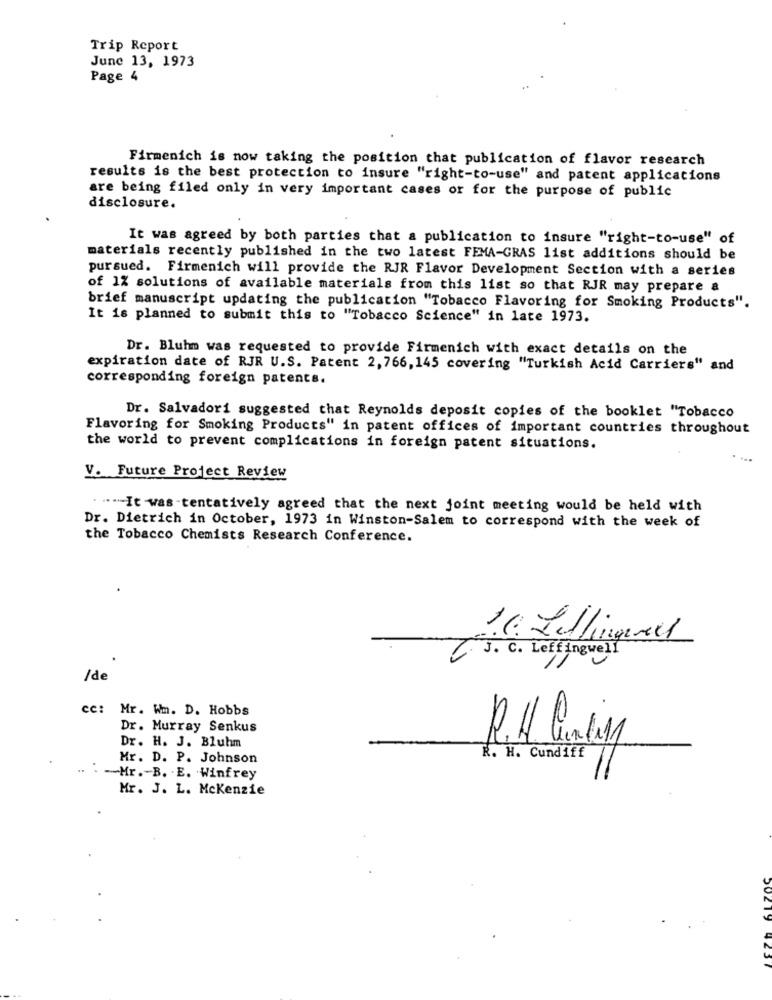
Trip Report
June 13, 1973
Page 4
Firmenich is now taking the position that publication of flavor research
results is the best protection to insure "right-to-use" and patent applications
are being filed only in very important cases or for the purpose of public
disclosure.
It was agreed by both parties that a publication to insure "right-to-use" of
materials recently published in the two latest FEMA-GRAS list additions should be
pursued. Firmenich will provide the RJR Flavor Development Section with a series
of 1% solutions of available materials from this list so that RJR may prepare &
brief manuscript updating the publication "Tobacco Flavoring for Smoking Products".
It is planned to submit this to "Tobacco Science" in late 1973.
Dr. Bluhm was requested to provide Firmenich with exact details on the
expiration date of RJR U.S. Patent 2, 766, 145 covering "Turkish Acid Carriers" and
corresponding foreign patents.
Dr. Salvadori suggested that Reynolds deposit copies of the booklet "Tobacco
Flavoring for Smoking Products" in patent offices of important countries throughout
the world to prevent complications in foreign patent situations.
V. Future Project Review
. "-It was -tentatively agreed that the next joint meeting would be held with
Dr. Dietrich in October, 1973 in Winston-Salem to correspond with the week of
the Tobacco Chemists Research Conference.
J. C. Leffingwell
/de
cc: Mr. Wm. D. Hobbs
Dr. Murray Senkus
Dr. H. J. Bluhm
R.H Queing
Mr. D. P. Johnson
R. H. Cundiff
-Mr .- B. E. Winfrey
Mr. J. L. Mckenzie
50219
423